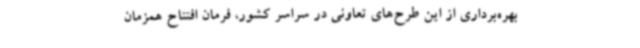
بهره‌برداری از این طرح‌های تعاونی در سراسر کشور، فرمان افتتاح همزمان